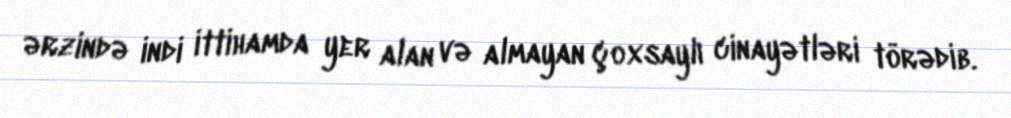
ərzində indi ittihamda yer alan və almayan çoxsaylı cinayətləri törədib.